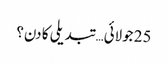
25 جولائی… تبدیلی کا دن؟